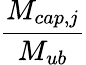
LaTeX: \displaystyle\frac{M_{cap,j}}{M_{ub}}